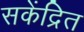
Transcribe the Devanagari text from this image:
सकेंद्रित